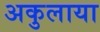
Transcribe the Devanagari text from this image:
अकुलाया